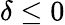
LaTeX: \delta\leq 0